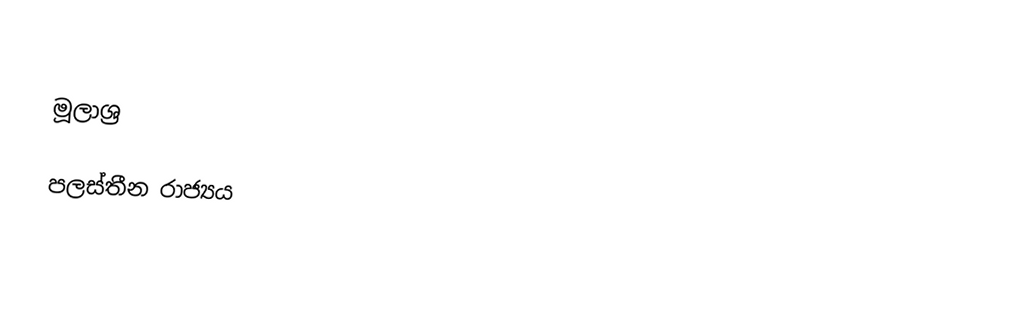

මූලාශ්‍ර

පලස්තීන රාජ්‍යය